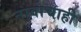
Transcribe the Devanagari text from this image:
नावाचाही